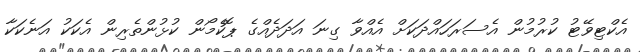
އެކްޓިވޭޓު ކުރުމުން އެސަރަހައްދަކަށް އެއްވާ ގިނަ އަދަދެއްގެ ޕޮކެމޯން ކުޅުންތެރިން އެކަކު އަނެކަކާ